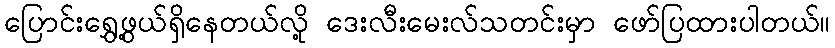
ပြောင်းရွှေ့ဖွယ်ရှိနေတယ်လို့ ဒေးလီးမေးလ်သတင်းမှာ ဖော်ပြထားပါတယ်။